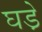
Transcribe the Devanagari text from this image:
घडे़